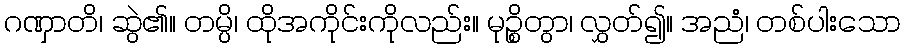
ဂဏှာတိ၊ ဆွဲ၏။ တမ္ပိ၊ ထိုအကိုင်းကိုလည်း။ မုဉ္စိတွာ၊ လွှတ်၍။ အညံ၊ တစ်ပါးသော